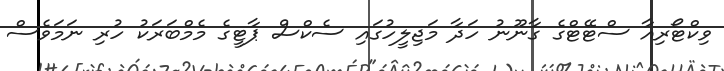
ވިކްޓޯރިއާ ސްޓޭޓްގެ ގާނޫނު ހަދާ މަޖިލީހުގައި ސެކްސް ޕާޓީގެ މެމްބަރަކު ހުރި ނަމަވެސް